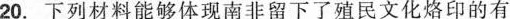
20.下列材料能够体现南非留下了殖民文化烙印的有